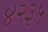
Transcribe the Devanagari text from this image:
४२३५